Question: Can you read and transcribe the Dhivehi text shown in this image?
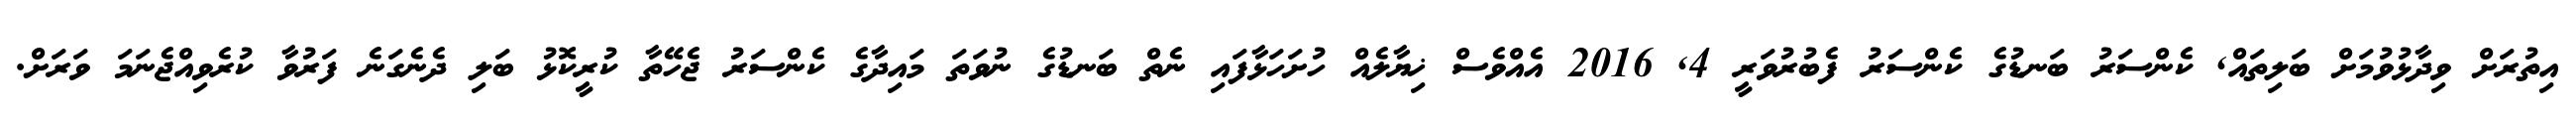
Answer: އިތުރަށް ވިދާޅުވުމަށް ބަލިތައް, ކެންސަރު ބަނޑުގެ ކެންސަރު ފެބުރުވަރީ 4, 2016 އެއްވެސް ޚިޔާލެއް ހުށަހަޅާފައި ނެތް ބަނޑުގެ ނުވަތަ މައިދާގެ ކެންސަރު ޖެހޭތާ ކުރީކޮޅު ބަލި ދެނެގަނެ ފަރުވާ ކުރެވިއްޖެނަމަ ވަރަށް.